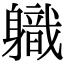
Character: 軄